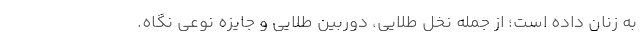
به زنان داده است؛ از جمله نخل طلایی، دوربین طلایی و جایزه نوعی نگاه.